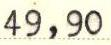
49,90